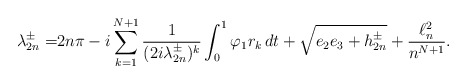
\begin{align*}\lambda_{2n}^\pm= &2n\pi -i \sum_{k=1}^{N+1}\frac{1}{(2i\lambda_{2n}^\pm)^k}\int_0^1\varphi_1r_k\,dt + \sqrt{e_2e_3+ h_{2n}^\pm} + \frac{\ell^2_n}{n^{N+1}}.\end{align*}